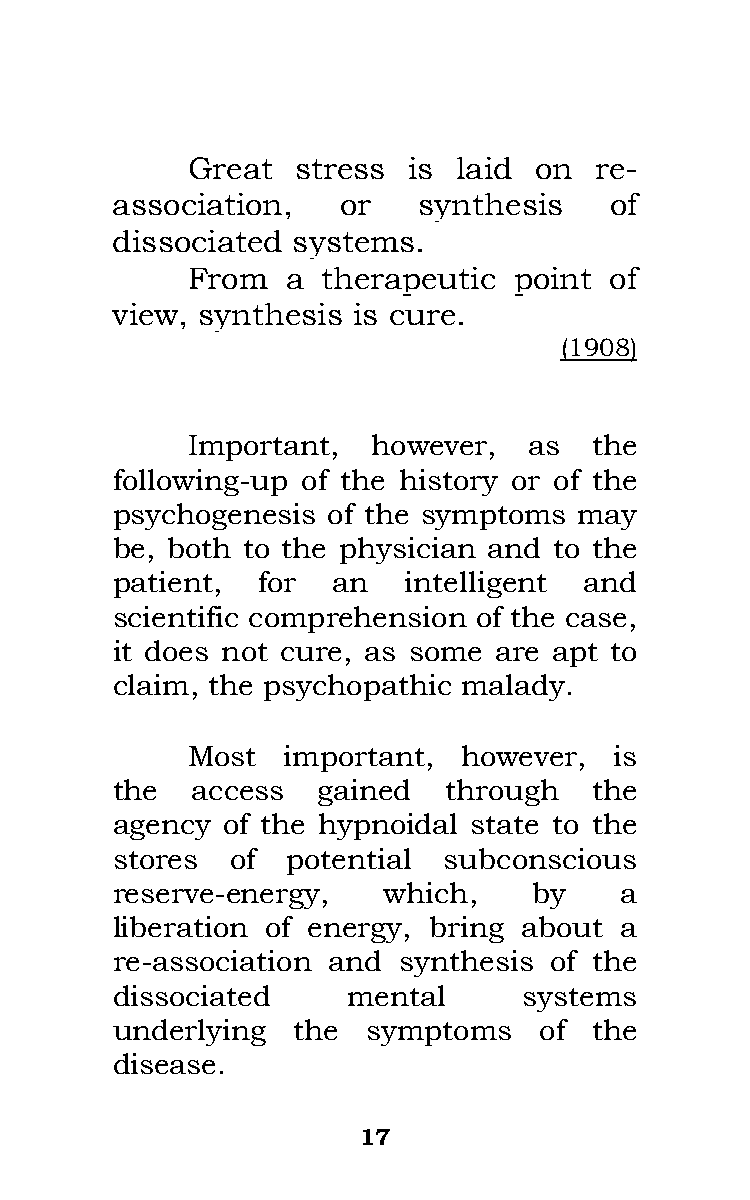
Great   stress is laid on  re-
 association,    or   synthesis   of
 dissociated systems.
 From   a therapeutic  point of
 view, synthesis is cure.
 (1908)
 Important,   however,  as  the
 following-up of the history or of the
 psychogenesis  of the symptoms may
 be, both to the physician and to the
 patient,  for  an   intelligent and
 scientific comprehension of the case,
 it does not cure, as some are apt to
 claim, the psychopathic malady.
 Most   important,  however,  is
 the   access  gained  through   the
 agency  of the hypnoidal state to the
 stores  of  potential subconscious
 reserve-energy,   which,    by    a
 liberation of energy, bring about a
 re-association and synthesis of the
 dissociated     mental      systems
 underlying  the  symptoms    of the
 disease.
 17